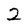
Character: 2